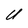
Character: U